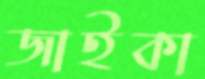
জাইকা